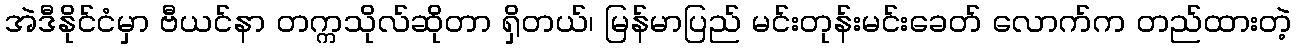
အဲဒီနိုင်ငံမှာ ဗီယင်နာ တက္ကသိုလ်ဆိုတာ ရှိတယ်၊ မြန်မာပြည် မင်းတုန်းမင်းခေတ် လောက်က တည်ထားတဲ့